Papers set at the Examination for Leaving Certificates, 1894
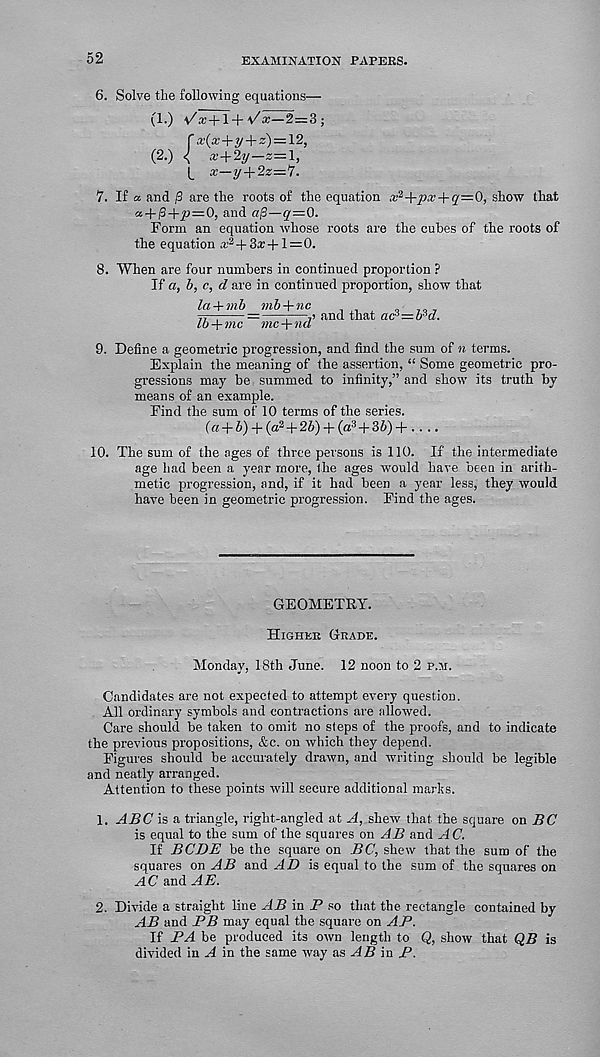
52
EXAMINATION PAPERS.
6. Solve the following equations—
(1.) \/x+l + \/x—2—3;
f a.’0+y + s) = 12,
(2.) < a.'+2y—z=l,
L a:-?/ + 2z=7.
7. If a and /3 are the roots of the equation a: 2 +pa?+q=0, show that
« + j3+£>—0, and afi—q—0.
Form an equation whose roots are the cubes of the roots of
the equation a. ,2 +3a; + l=0.
When are four numbers in continued proportion ?
If a, b, c, d are in continued proportion, show that
la + mb mb + nc
lb + mc mc+nd
and that ac 3 z=b s d.
9. Define a geometric progression, and find the sum of n terms.
Explain the meaning of the assertion, “ Some geometric pro-
gressions may be summed to infinity,” and show its truth by
means of an example.
Find the sum of 10 terms of the series.
(« + 6) + (a 2 + 25) + (a 3 + 35) + .. ..
10. The sum of the ages of three persons is 110. If the intermediate
age had been a year more, the ages would have been in arith-
metic progression, and, if it had been a year less, they would
have been in geometric progression. Find the ages.
GEOMETRY.
Higher Grade.
Monday, 18th June. 12 noon to 2 p.m.
Candidates are not expected to attempt every question.
All ordinary symbols and contractions are allowed.
Care should be taken to omit no steps of the proofs, and to indicate
the previous propositions, &c. on which they depend.
Figures should he accurately drawn, and writing should be legible
and neatly arranged.
Attention to these points will secure additional marks.
1. ABC is a triangle, right-angled at A, shew that the square onBC
is equal to the sum of the squares on AB and AC.
If BCDE be the square on BC, shew that the sum of the
squares on AB and AD is equal to the sum of the squares on
and AE.
2. Divide a straight line AB in P so that the rectangle contained by
AB and BB may equal the square on AB.
If BA be produced its own length to Q, show that QB is
divided in A in the same way as AB in B.